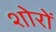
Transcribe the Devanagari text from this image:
शोरों